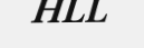
HLL